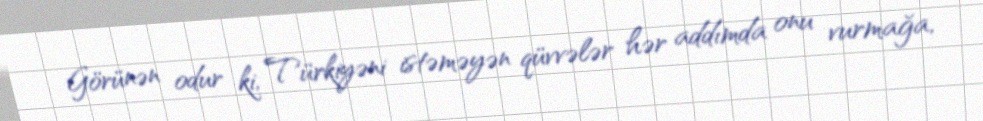
Görünən odur ki, Türkiyəni istəməyən qüvvələr hər addımda onu vurmağa,